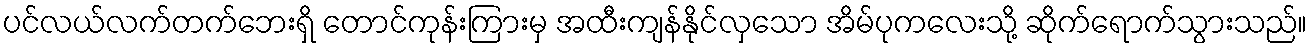
ပင်လယ်လက်တက်ဘေးရှိ တောင်ကုန်းကြားမှ အထီးကျန်နိုင်လှသော အိမ်ပုကလေးသို့ ဆိုက်ရောက်သွားသည်။